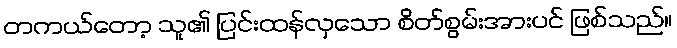
တကယ်တော့ သူ၏ ပြင်းထန်လှသော စိတ်စွမ်းအားပင် ဖြစ်သည်။